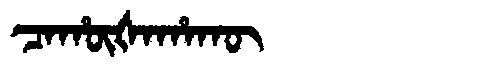
Manchu: ᠴᠠᡥᡡᡧᠠᡥᠠᡴᡡ
Romanization: CAHŪŠAHAKŪ